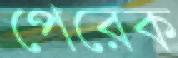
পেরেক